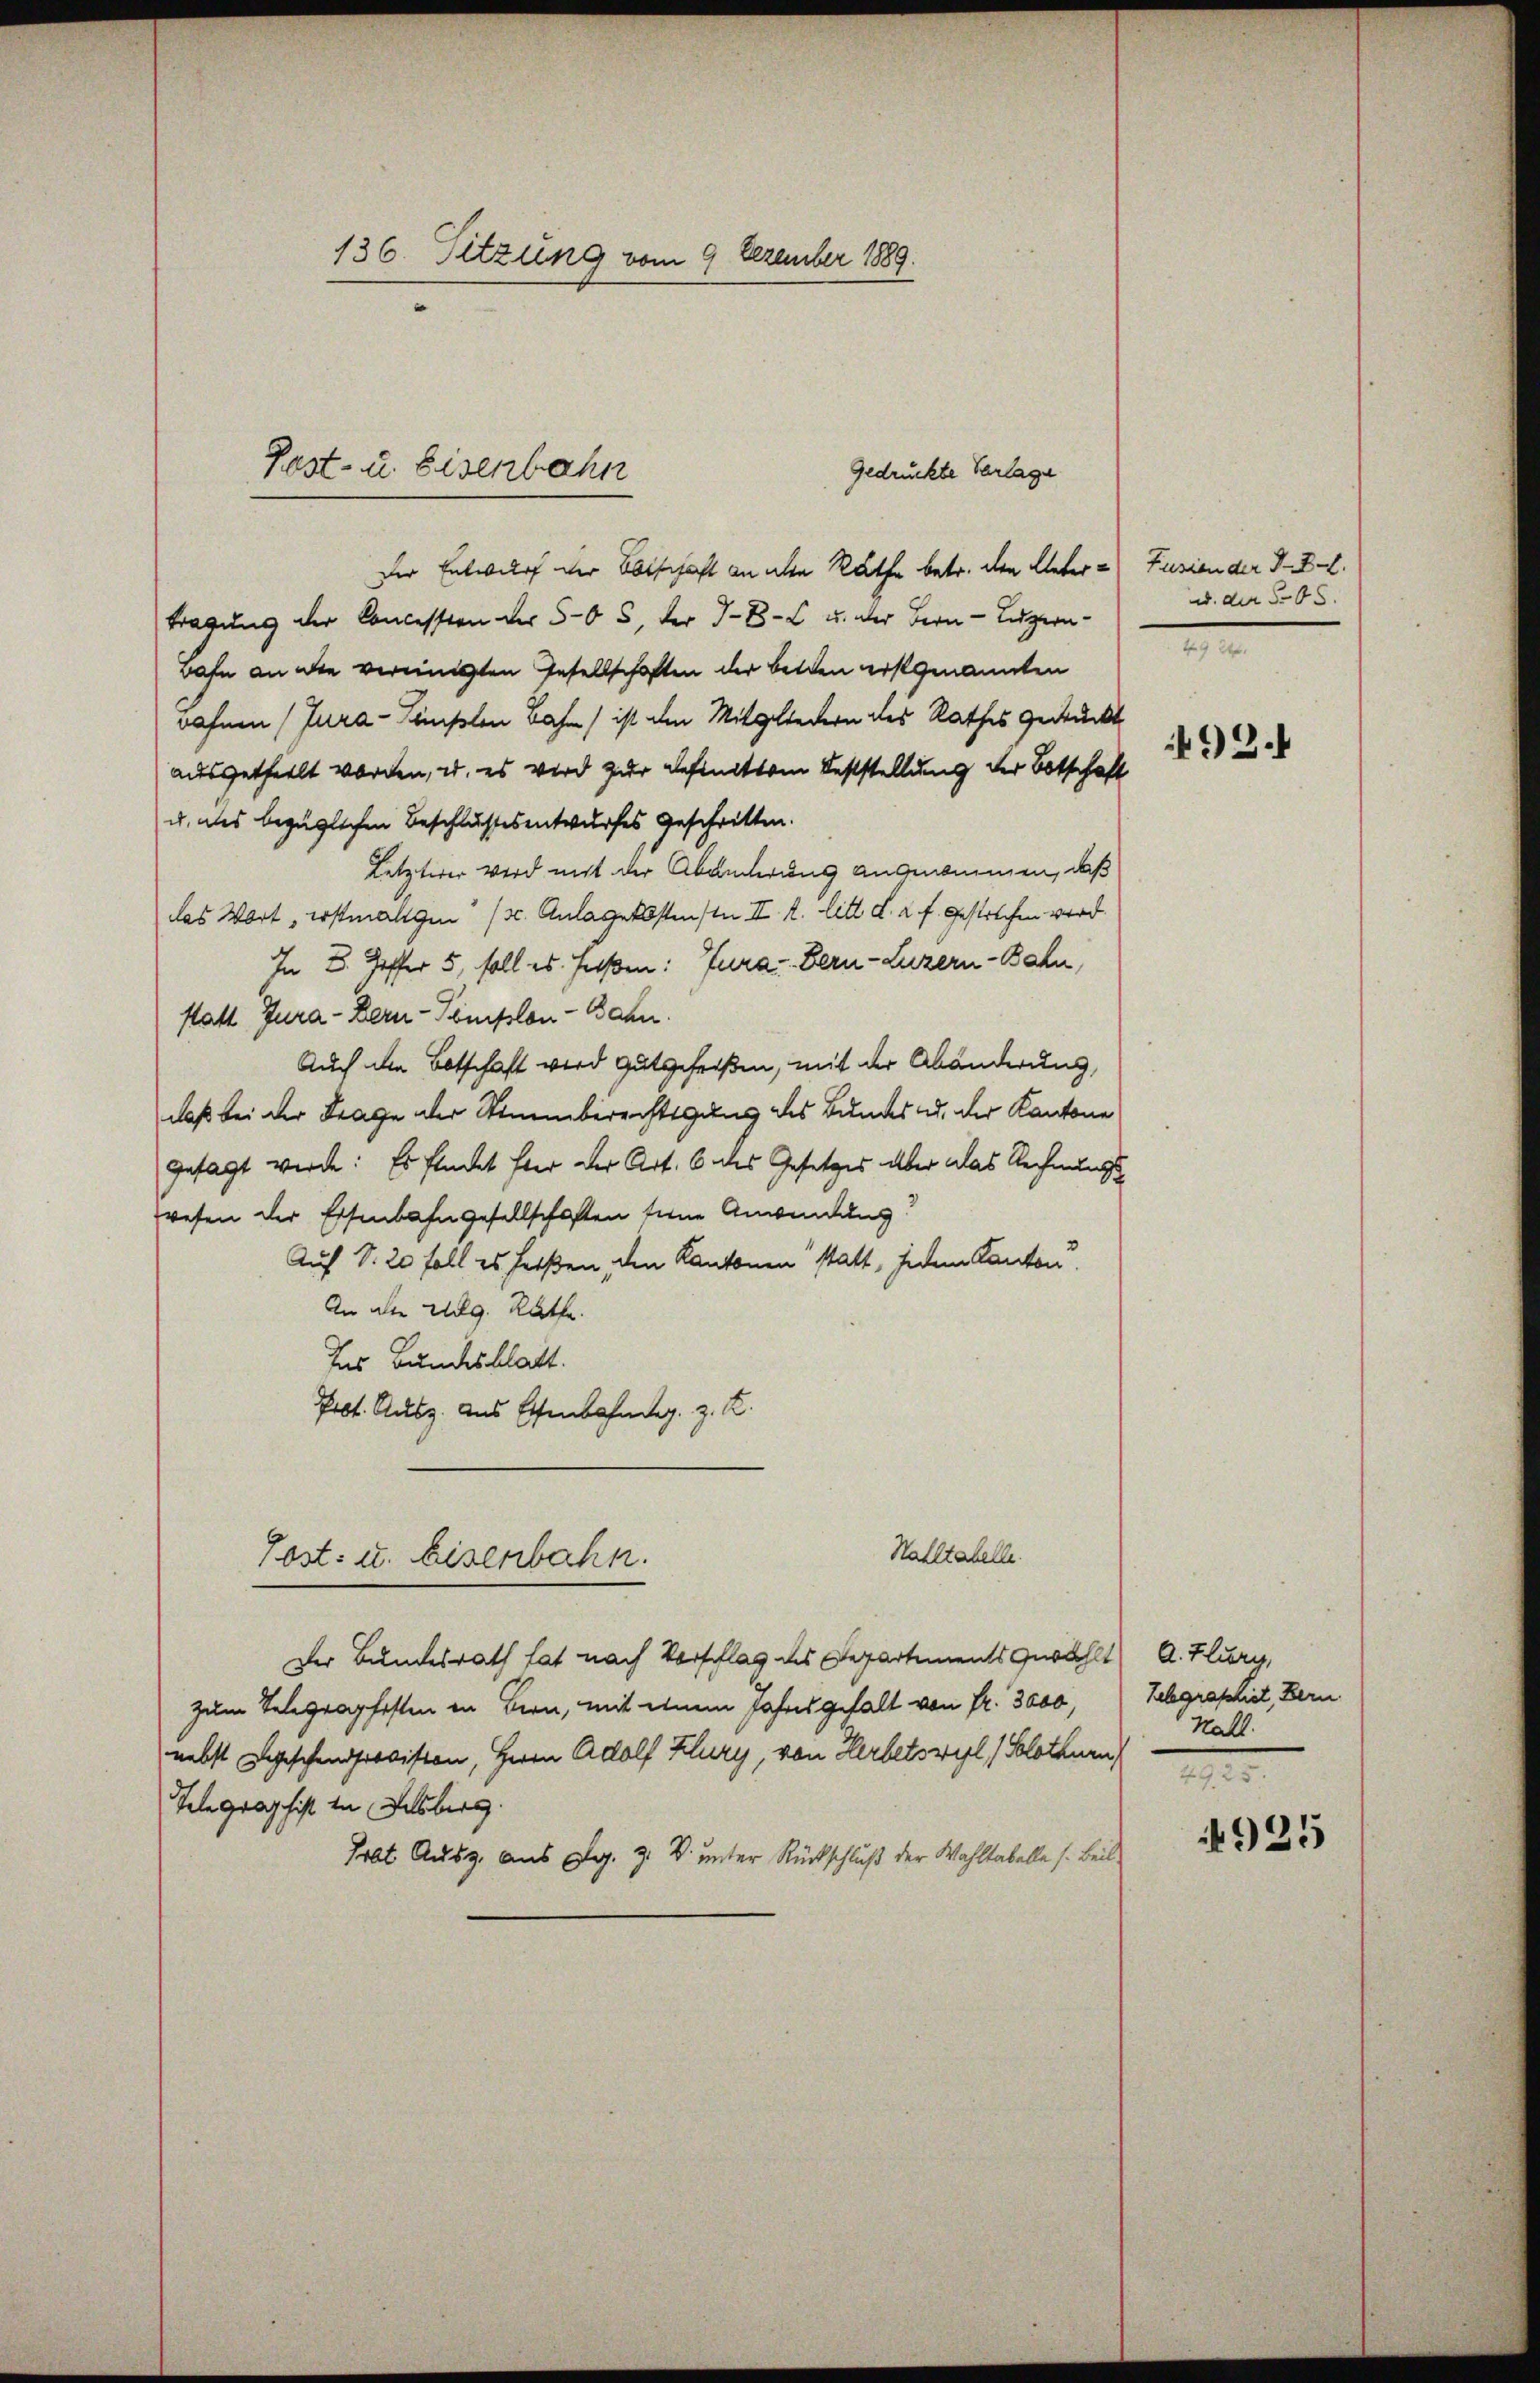
136. Sitzung vom 9 Dezember 1889.

Der Entwurf der Botschaft an ihre Rathe betr. den Ueber u Fusion der III.
tragung der Concession der 505, der J. B. u. der Bern - Luzern
Bahn an die vereinigten Gesellschaften der Betten erstgenannten
wahnen (Tura-Listen Bahn ist den Mitgliedern des Rathes gedrückt
ausgetheilt worden, u. es wird zur Befinitten Feststellung der Botschaft
u. des bezüglichen Beschlussesentwurfes geschritten.
Letzterer wird mit der Abänderung angenommen, daß
das Wort erstmaligen (s. Anlagensstenste II. R. litt d. 2. f. gestrechen wird.
In B. Hoffer 5, soll es faßen: Jura. Bern-Luzern - Bahn,
statt Jura - Bern-Komisslen-Bahn.
Auch die Botschaft wird gutgeheißen, mit der Abänderung,
daß bei der Frage der Stimmberechtigung des Bundes u. der Kantone
gesagt werde: Es flückt fter der Art. 6 des Gesetzes aber das Rechnungswesen der Essenbahngesellschaften seine Anwendung
Auf S. 20 Fall es heißen, den Kantonen statt, jedem Kanton
An alle Weg. Rathe
Ins Bundesblatt.
Prot. Ausz. aus Eisenbahneg. z. R.
Hahltabelle.
Tost- u. Eisenbahn.
Der Bundesrath hat nach Vorschlag des Departements gewählt A. Flury,
zum Telegraphesten in Bern, mit einem Jahresgehalt von fr. 3000, Schgraphiet, Bern
nebst geschendiosiston, Herrn Adolf Klury, von Herletswil / Solothurn
Telegraphist in Felsberg.
Trat Ausg. aus A. Z. V. unter Rückschluß der Wahltabelle s. Beil

Pest- u. Eisenbahn
Gedrückte Verlage

u. der 505.
2

93.

Kall.

4925